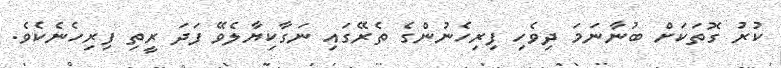
ކުރު ގޮތަކަށް ބުނާނަމަ ދިވެހި ފިރިހެނުންގެ ތެރޭގައި ނަގާކިޔާލެވޭ ފަދަ ރީތި ފިރިހެނެކެވެ.